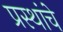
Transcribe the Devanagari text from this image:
प्रस्थांचे